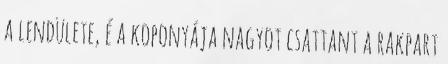
a lendülete, é a koponyája nagyot csattant a rakpart